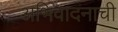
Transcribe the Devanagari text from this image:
अभिवादनाची